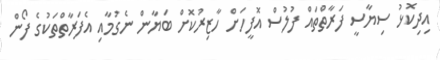
އިދިކޮޅު ސިޔާސީ ފަރާތްތަައް ފުލުސް އޮފީހަށް ހާޒިރުކޮށް ބަޔާން ނެގުމާއި އެފަރާތްތަކުގެ ފޯން